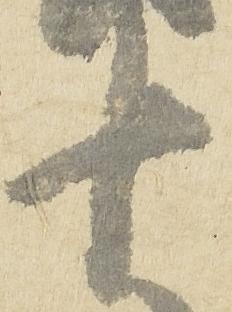
十